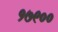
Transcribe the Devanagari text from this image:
१७९००